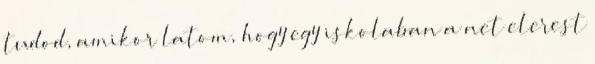
tudod, amikor latom, hogy egy iskolaban a net elerest